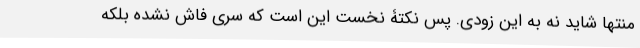
منتها شاید نه به این زودی. پس نکتۀ نخست این است که سرّی فاش نشده بلکه